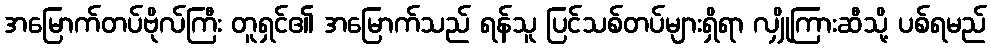
အမြောက်တပ်ဗိုလ်ကြီး တူရှင်၏ အမြောက်သည် ရန်သူ ပြင်သစ်တပ်များရှိရာ လျှိုကြားဆီသို့ ပစ်ရမည်